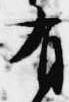
有